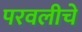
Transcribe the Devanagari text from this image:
परवलीचे